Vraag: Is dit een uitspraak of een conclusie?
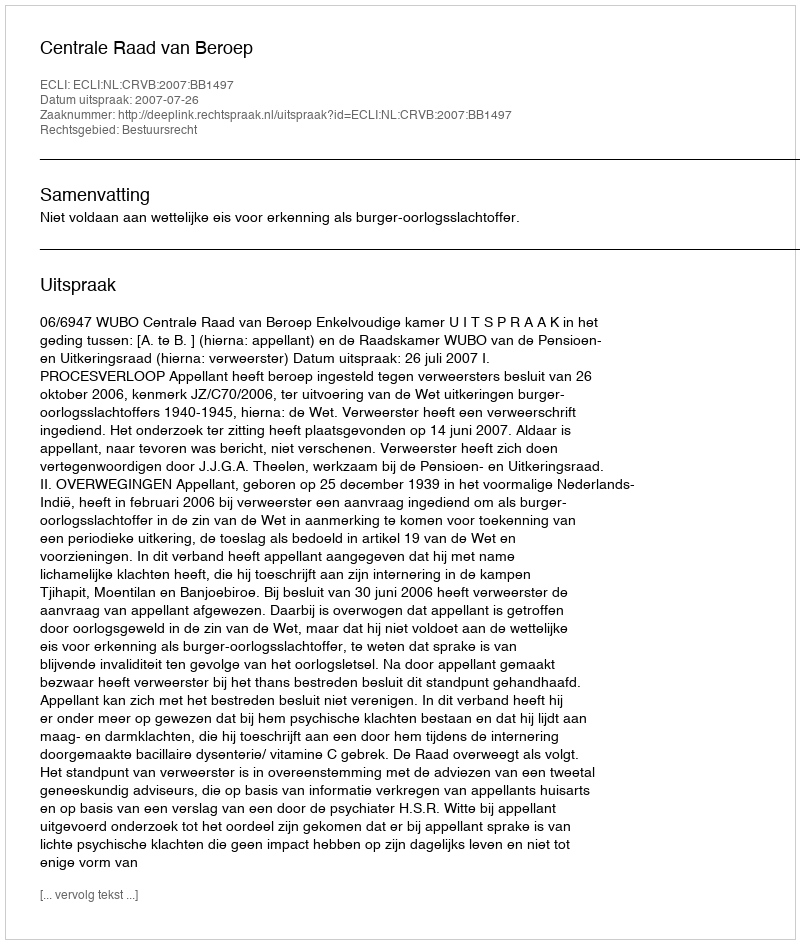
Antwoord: Uitspraak